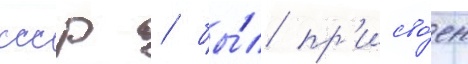
ссср / бы́л пр'исво́ен